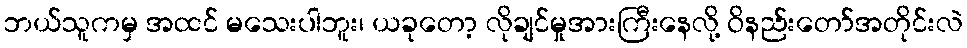
ဘယ်သူကမှ အထင် မသေးပါဘူး၊ ယခုတော့ လိုချင်မှုအားကြီးနေလို့ ဝိနည်းတော်အတိုင်းလဲ